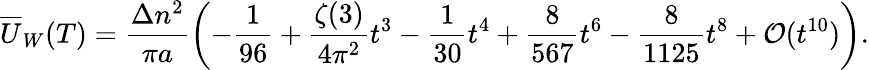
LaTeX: \overline{{{U}}}_{W}(T)=\frac{\Delta n^{2}}{\pi a}\left(-\frac{1}{96}+\frac{\zeta(3)}{4\pi^{2}}t^{3}-\frac{1}{30}t^{4}+\frac{8}{567}t^{6}-\frac{8}{1125}t^{8}+{\cal O}(t^{10})\right){.}